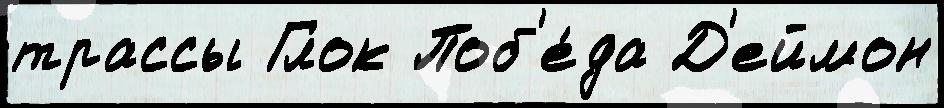
трассы Глок Поб'е́да Д'еймон